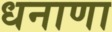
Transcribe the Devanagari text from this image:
धनाणा